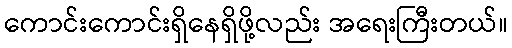
ကောင်းကောင်းရှိနေရှိဖို့လည်း အရေးကြီးတယ်။